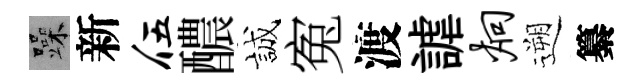
躁新伍醲誠寃渡謔炯遡纂